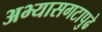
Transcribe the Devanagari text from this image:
अभ्यासगटापुढे